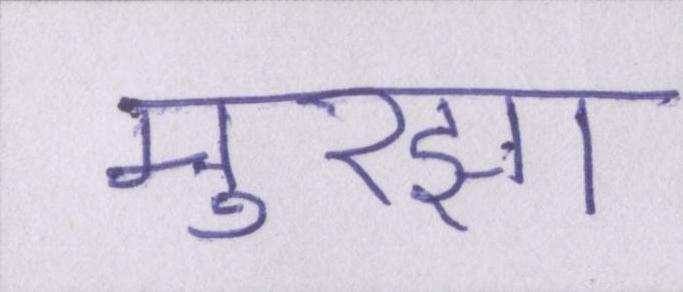
मुरझा